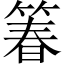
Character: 箺